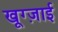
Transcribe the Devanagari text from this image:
खूग्ज़ाई